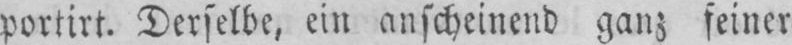
portirt. Derselbe, ein anscheinend ganz feiner